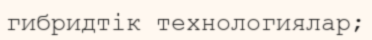
гибридтік технологиялар;